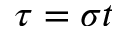
\tau = \sigma t